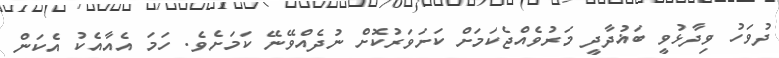
ދުވަހު ވިދާޅުވީ ބަޣުދާދީ މަރުވެއްޖެކަމަށް ކަށަވަރުކޮށް ނުދެއްވޭނޭ ކަމަށެވެ. ހަމަ އެއާއެކު އެކަން